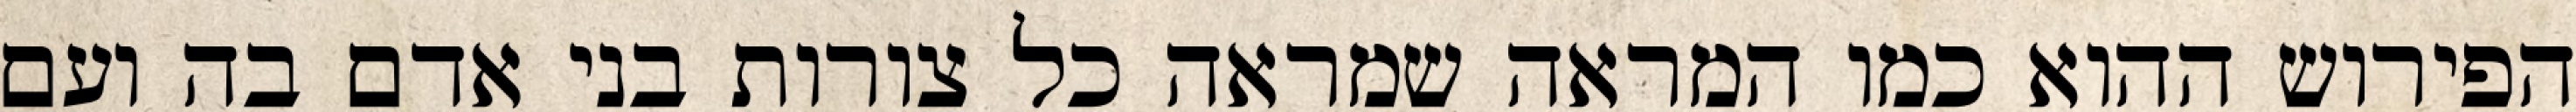
הפירוש ההוא כמו המראה שמראה כל צורות בני אדם בה ועם